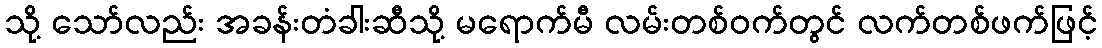
သို့ သော်လည်း အခန်းတံခါးဆီသို့ မရောက်မီ လမ်းတစ်ဝက်တွင် လက်တစ်ဖက်ဖြင့်